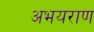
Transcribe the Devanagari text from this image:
अभयराण